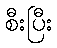
စီးပြီး